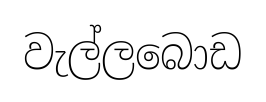
වැල්ලබොඩ